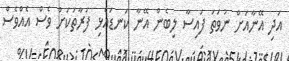
އަދި އޭނާއަށް ނުވަތަ ފައިސާ ލިބެން އޭނާ ކަނޑައެޅި ފަރާތަކަށް ވެސް އެއްވެސް